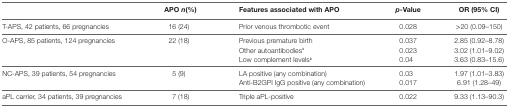
<table><thead><tr><td></td><td><b>APO <i>n</i>(%)</b></td><td><b>Features associated with APO</b></td><td><b><i>p</i>-Value</b></td><td><b>OR (95% CI)</b></td></tr></thead><tbody><tr><td>T-APS, 42 patients, 66 pregnancies</td><td>16 (24)</td><td>Prior venous thrombotic event</td><td>0.028</td><td>&gt;20 (0.09–150)</td></tr><tr><td rowspan="3">O-APS, 85 patients, 124 pregnancies</td><td rowspan="3">22 (18)</td><td>Previous premature birth</td><td>0.037</td><td>2.85 (0.92–8.78)</td></tr><tr><td>Other autoantibodies<sup>a</sup></td><td>0.023</td><td>3.02 (1.01–9.02)</td></tr><tr><td>Low complement levels<sup>b</sup></td><td>0.04</td><td>3.63 (0.83–15.6)</td></tr><tr><td rowspan="2">NC-APS, 39 patients, 54 pregnancies</td><td rowspan="2">5 (9)</td><td>LA positive (any combination)</td><td>0.03</td><td>1.97 (1.01–3.83)</td></tr><tr><td>Anti-B2GPI IgG positive (any combination)</td><td>0.017</td><td>6.91 (1.28–49)</td></tr><tr><td>aPL carrier, 34 patients, 39 pregnancies</td><td>7 (18)</td><td>Triple aPL-positive</td><td>0.022</td><td>9.33 (1.13–90.3)</td></tr></tbody></table>